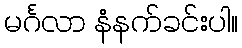
မင်္ဂလာ နံနက်ခင်းပါ။